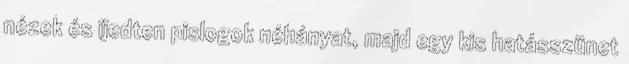
nézek és ijedten pislogok néhányat, majd egy kis hatásszünet